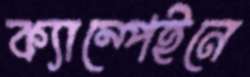
ক্যাম্পেইনে